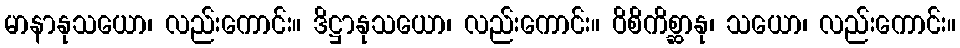
မာနာနုသယော၊ လည်းကောင်း။ ဒိဋ္ဌာနုသယော၊ လည်းကောင်း။ ဝိစိကိစ္ဆာနု၊ သယော၊ လည်းကောင်း။